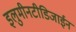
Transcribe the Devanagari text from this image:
इलुमीनटीडिजाईन